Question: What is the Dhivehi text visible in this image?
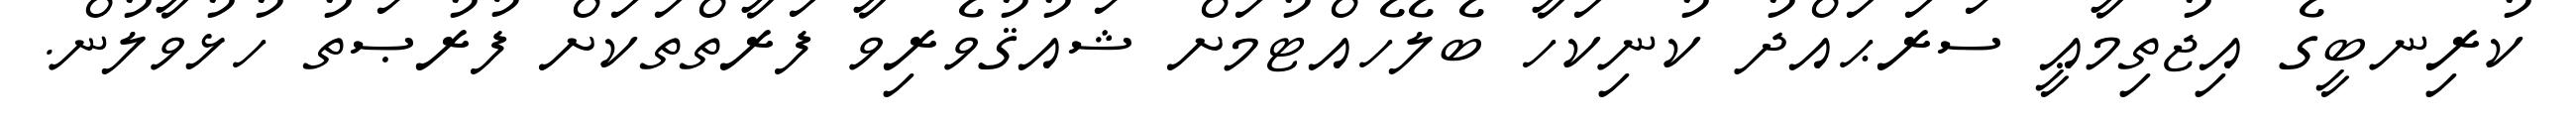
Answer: ކުރިނބީގެ އިޖުތިމާޢީ ސަރަޙައްދު ކުނިކަހާ ބެލެހެއްޓުމަށް ޝައުޤުވެރިވާ ފަރާތްތަކަށް ފުރުޞަތު ހުޅުވާލުން.